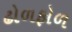
ઢોળફોળ